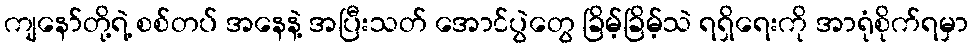
ကျနော်တို့ရဲ့ စစ်တပ် အနေနဲ့ အပြီးသတ် အောင်ပွဲတွေ ခြိမ့်ခြိမ့်သဲ ရရှိရေးကို အာရုံစိုက်ရမှာ